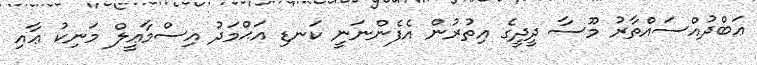
ޢަބްދުއްސައްތާރު މޫސާ ދީދީގެ އިތުރުން އެެފެންނަނީ ކަނޑި އަޙްމަދު އިސްމާޢީލް މަނިކު ޢާއި